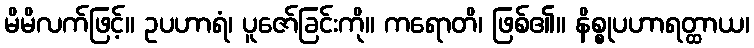
မိမိလက်ဖြင့်။ ဥပဟာရံ၊ ပူဇော်ခြင်းကို။ ကရောတိ၊ ဖြစ်၏။ နိစ္စုပဟာရတ္ထာယ၊